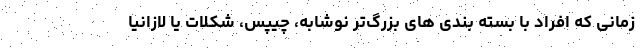
زمانی که افراد با بسته بندی های بزرگ‌تر نوشابه، چیپس، شکلات یا لازانیا